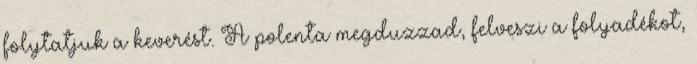
folytatjuk a keverést. A polenta megduzzad, felveszi a folyadékot,